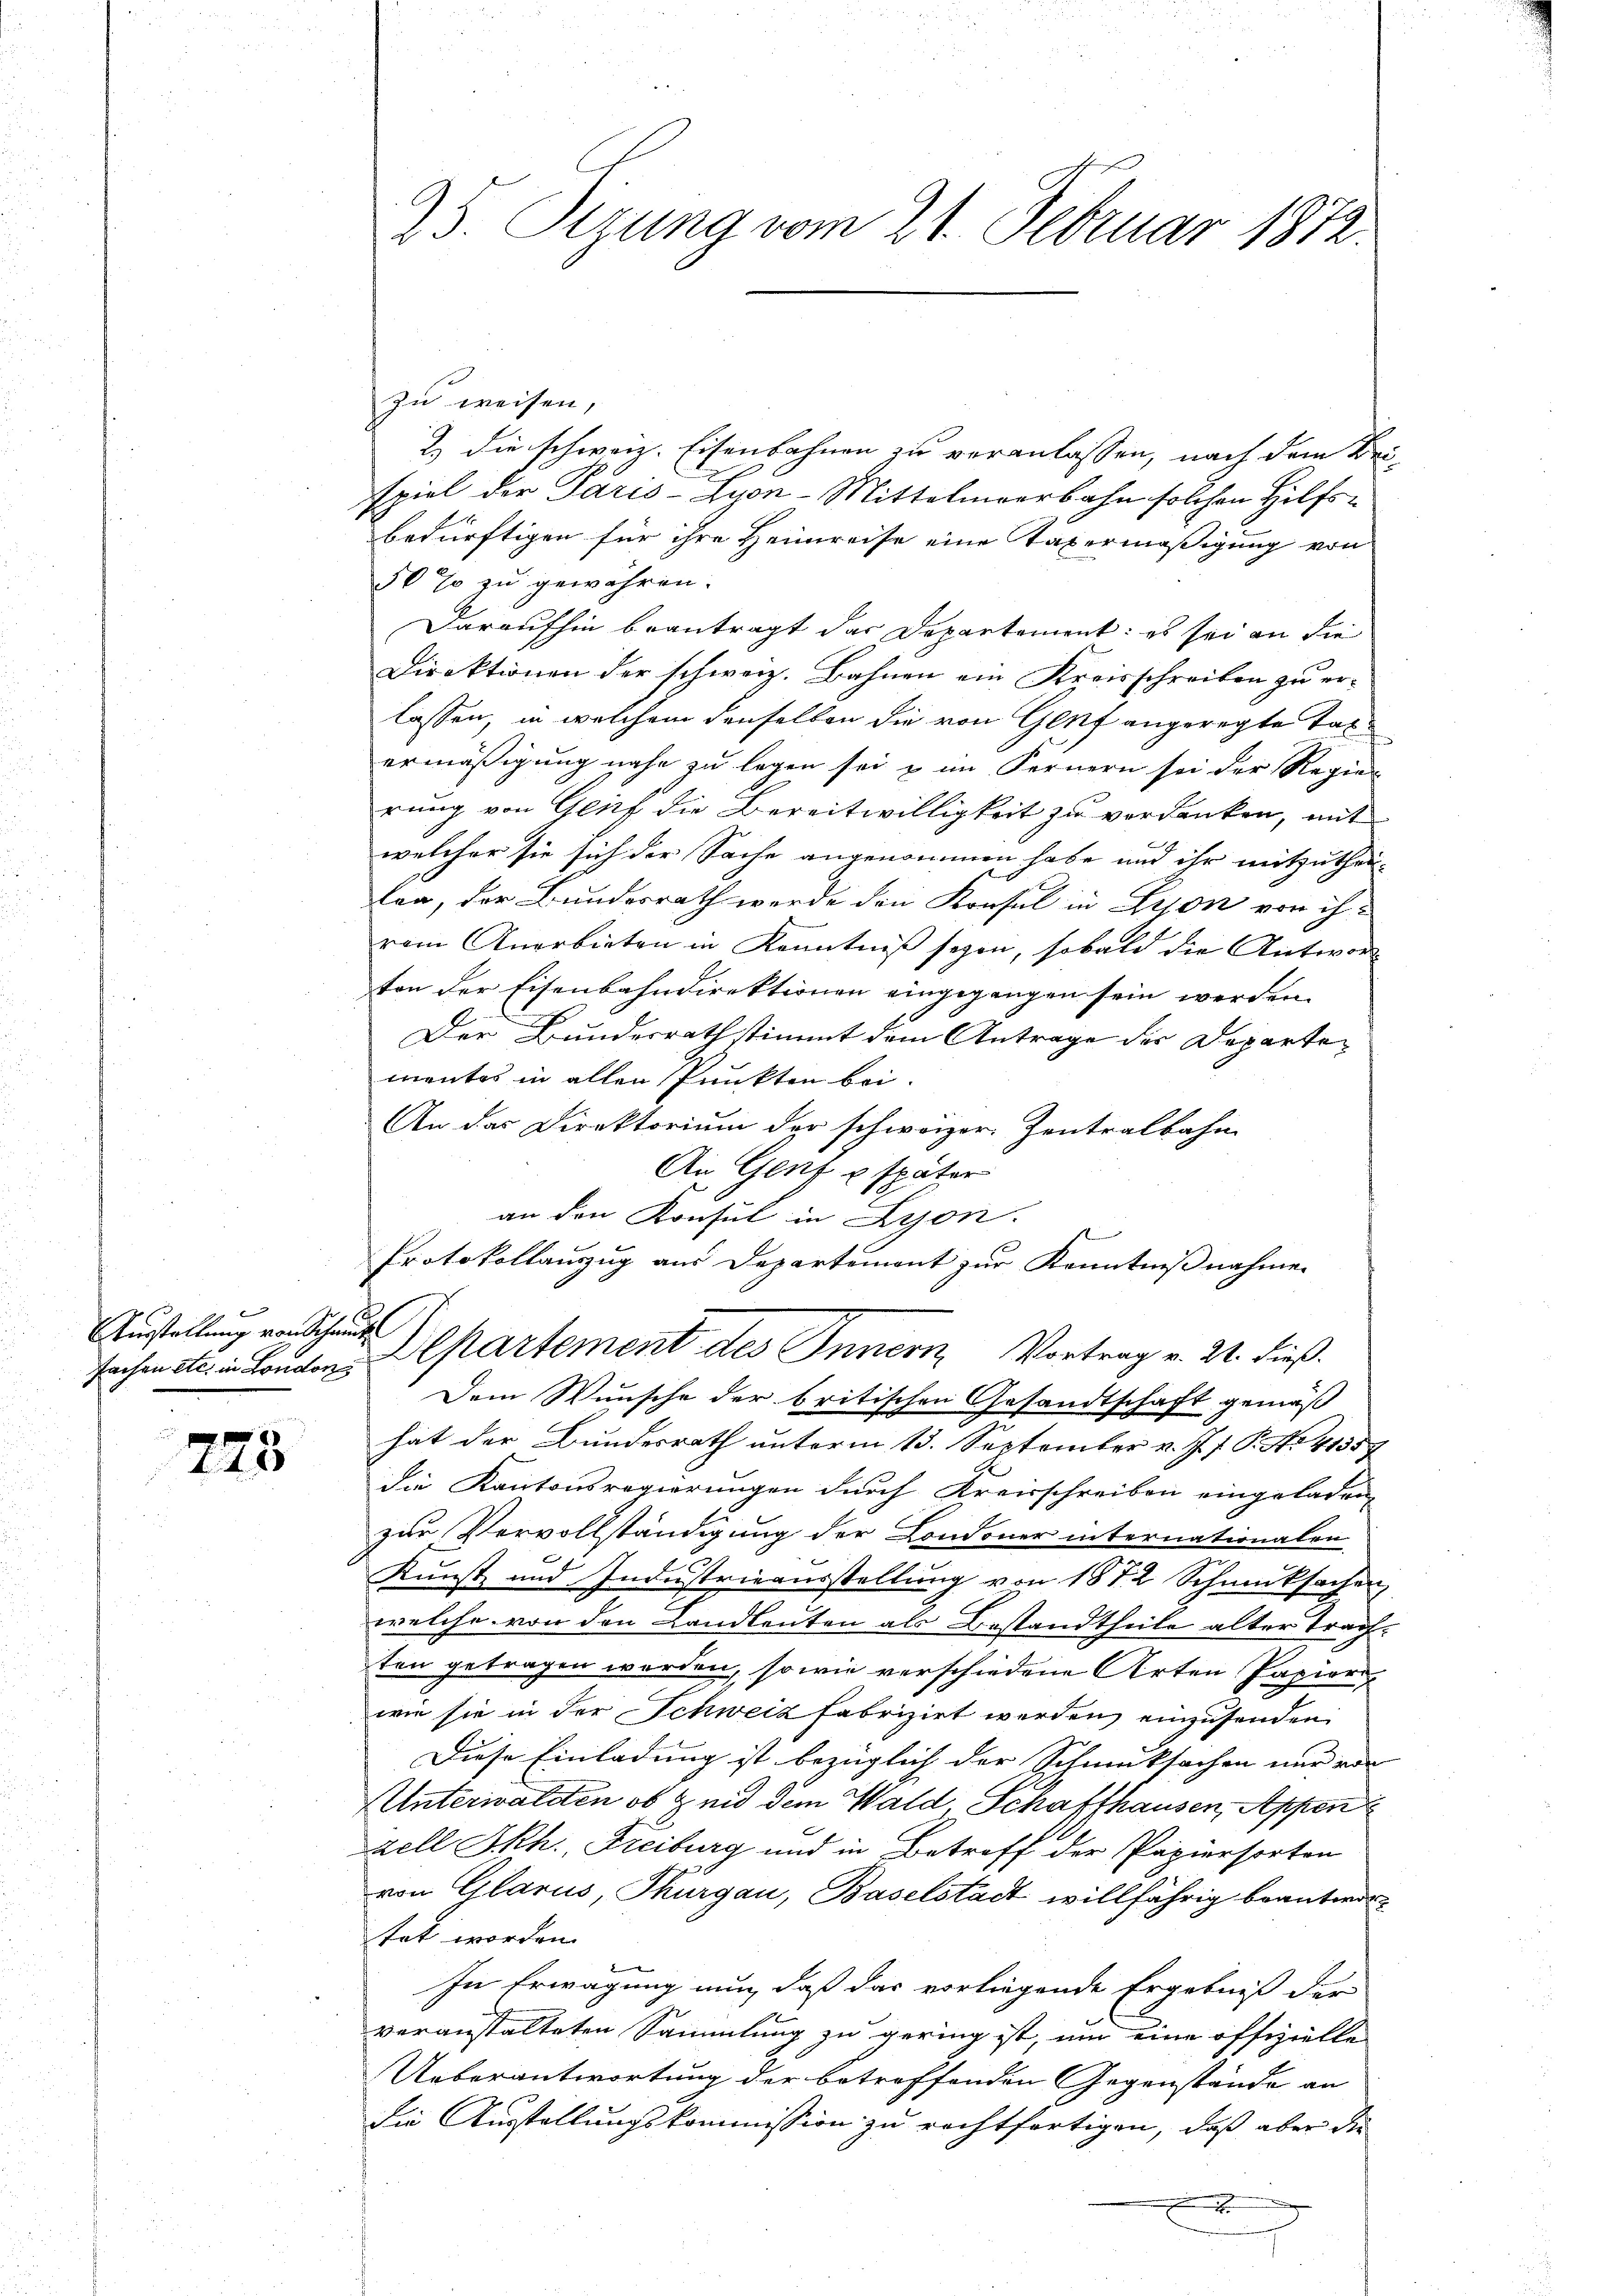
Verstellung von Schaute

225

75. Sezung vom 21. Februar 1872.

zu weisen,
2.) die schweiz. Eisenbahnen zu veranlassen, nach dem Beispiel der Paris-Zyon-Mittelmeerbahn solchen Hilfsbedürftigen für ihre Heimreise eine Taxermäßigung von
50% zu gewähren.
Daraufhin beantragt das Departement: es sei an die
Direktionen der schweiz. Bahnen ein Kreisschreiben zu erlassen, in welchem denselben die von Genf angeregte Taxermäßigung nahe zu legen sei u im Fernern sei der Regier
rung von Geist die Bereitwilligkeit zu verdanken, mit
welcher sie sich der Sache angenommen habe und ihr mitzuthei-
leg, der Bundesrath werde den Konsul in Fron von ih-
vem Anerbieten in Kenntniß seyen, sobald die Antwor
ton der Eisenbahndirektionen eingegangen sein werden.
Der Bundesrath stimmt dem Antrage der Departementes in allen Punkten bei.
An das Direktorium der schweizer Zentralbahn
An Genf u später
an den Konsul in Lyon.
s
Protokollauszug aus Departement zur Kenntnißnahmen
sachen etc. in London. Departement des Innern, Vortrag v. 21. dieß.
Dem Wunsche der britischen Gesandtschaft gemäß
hat der Bundesrath unterm 13. September v. J. J. P. No 41357
die Kantonsregierungen durch Kreisschreiben eingeladen,
zur Vervollständigung der Londoner internationalen
Kunst und Industrieausstellung von 1872 Schmucksachen,
welche von den Landleuten als Bestandtheile alter Trachten getragen worden, so wie verschiedene Arten Papier
wie sie in der Schweiz fabrizirt werden, einzusenden
Diese Einladung ist bezüglich der Schmucksachen nur von
Unterwalden ob & und dem Wald, Schaffhausen, Appen
zell Skh., Freiburg und in Betreff der Papiersorten
von Glarus, Thurgau, Baselstadt willfährig beantwortet worden.
In Erwägung nun, daß das vorliegende Ergebniß der
veranstalteten Sammlung zu gering ist, um eine offizielle
Ueberantwortung der betreffenden Gegenstände an
die Ausstellungskommission zu rechtfertigen, daß aber die
x